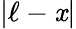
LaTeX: |\ell-\mathit{x}|